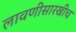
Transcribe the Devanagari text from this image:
लावणीसारखीच